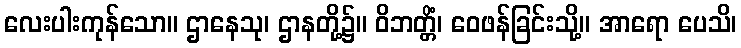
လေးပါးကုန်သော။ ဌာနေသု၊ ဌာနတို့၌။ ဝိဘတ္တိံ၊ ဝေဖန်ခြင်းသို့။ အာရော ပေသိ၊